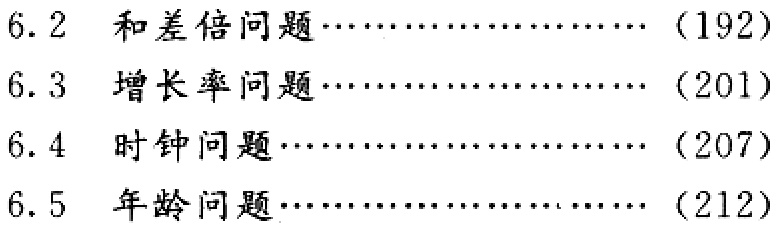
6.2 和差倍问题.....................（192）

6.3 增长率问题.....................（201）

6.4 时钟问题.....................（207）

6.5 年龄问题.....................（212）